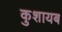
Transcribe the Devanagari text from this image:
कुशायब